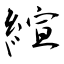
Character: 縇